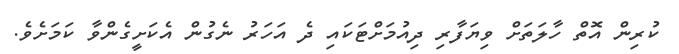
ކުރިން އޮތް ހާލަތަށް ވިޔަފާރި ދިއުމަށްޓަކައި ދެ އަހަރު ނެގުން އެކަށީގެންވާ ކަމަށެވެ.